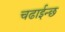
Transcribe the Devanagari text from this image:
चढाईन्छ